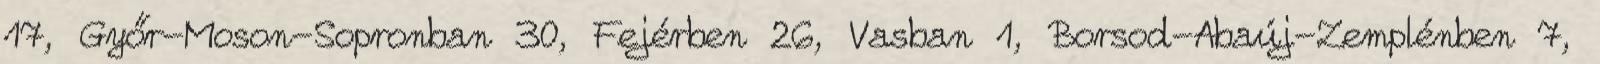
17, Győr-Moson-Sopronban 30, Fejérben 26, Vasban 1, Borsod-Abaúj-Zemplénben 7,